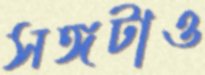
সঙ্গটাও